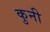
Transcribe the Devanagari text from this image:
कुनी